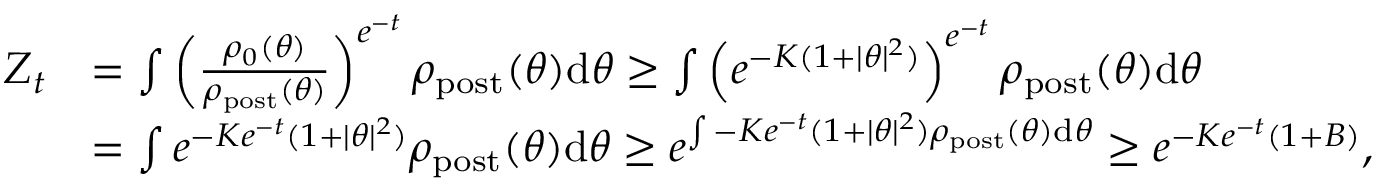
\begin{array} { r l } { Z _ { t } } & { = \int \left( \frac { \rho _ { 0 } ( \theta ) } { \rho _ { \mathrm { p o s t } } ( \theta ) } \right) ^ { e ^ { - t } } \rho _ { \mathrm { p o s t } } ( \theta ) \mathrm { d } \theta \geq \int \left( e ^ { - K ( 1 + | \theta | ^ { 2 } ) } \right) ^ { e ^ { - t } } \rho _ { \mathrm { p o s t } } ( \theta ) \mathrm { d } \theta } \\ & { = \int e ^ { - K e ^ { - t } ( 1 + | \theta | ^ { 2 } ) } \rho _ { \mathrm { p o s t } } ( \theta ) \mathrm { d } \theta \geq e ^ { \int - K e ^ { - t } ( 1 + | \theta | ^ { 2 } ) \rho _ { \mathrm { p o s t } } ( \theta ) \mathrm { d } \theta } \geq e ^ { - K e ^ { - t } ( 1 + B ) } , } \end{array}